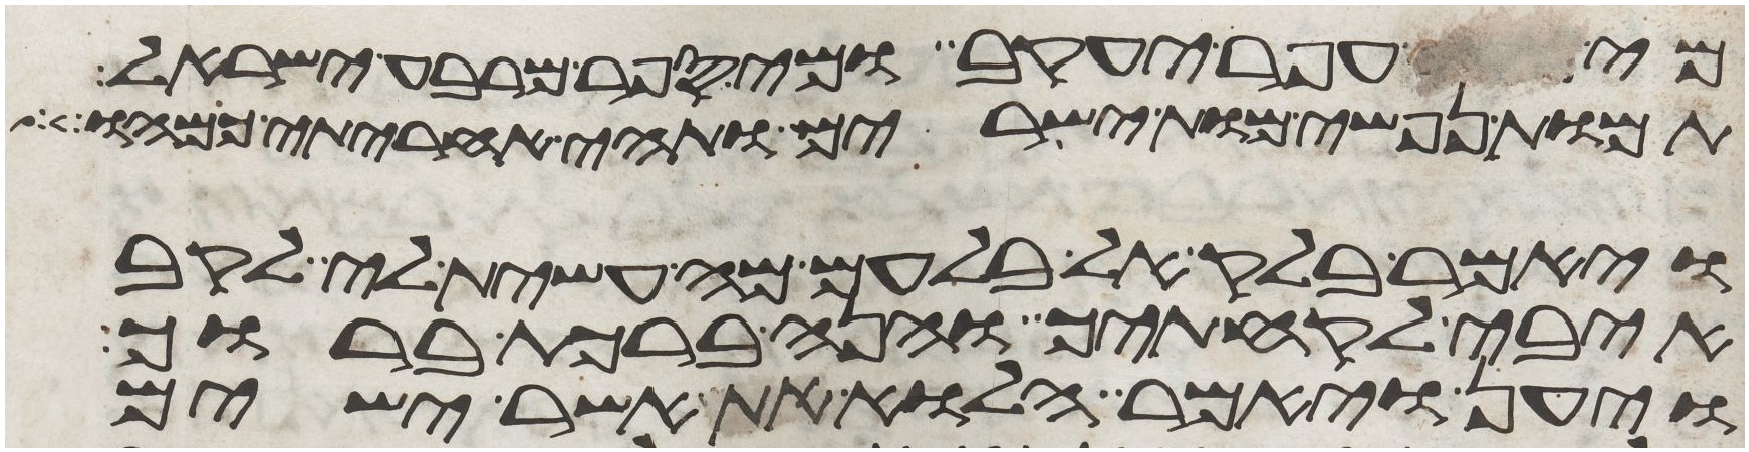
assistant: מנה עפר יעקב ומי ספר מרבע ישראל
תמות נפשי מות ישירים ותהי אחריתי כמהו
ויאמר בלק אל בלעם מה עשית לי לקב
איבי לקחתיך והנה ברכת ברוך
ויען ויאמר הלוא את אשר ישים